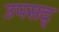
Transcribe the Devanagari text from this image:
उपसद्